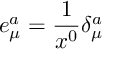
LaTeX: e _ { \mu } ^ { a } = \frac { 1 } { x ^ { 0 } } \delta _ { \mu } ^ { a }